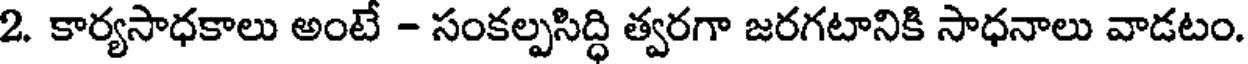
2. కార్యసాధకాలు అంటే - సంకల్పసిద్ధి త్వరగా జరగటానికి సాధనాలు వాడటం.